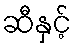
ဆီနှင့်